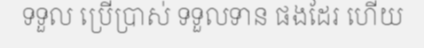
ទទួល ប្រើប្រាស់ ទទួលទាន ផងដែរ ហើយ